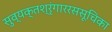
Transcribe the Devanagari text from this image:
सुव्यक्तश्रृंगाररससूचिका